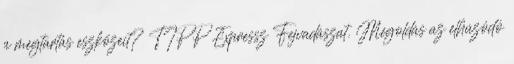
a megtartás eszközeit? TIPP Expressz Fejvadászat. Megoldás az elhúzódó